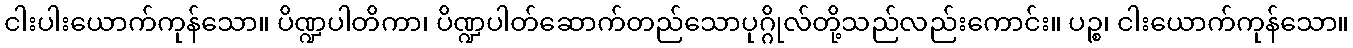
ငါးပါးယောက်ကုန်သော။ ပိဏ္ဍပါတိကာ၊ ပိဏ္ဍပါတ်ဆောက်တည်သောပုဂ္ဂိုလ်တို့သည်လည်းကောင်း။ ပဉ္စ၊ ငါးယောက်ကုန်သော။